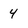
Character: 4